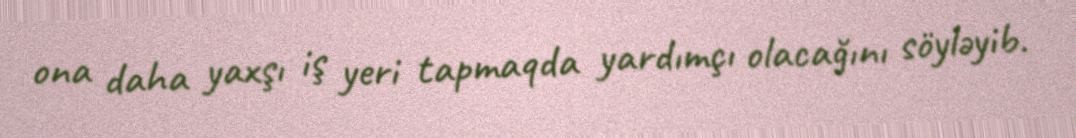
ona daha yaxşı iş yeri tapmaqda yardımçı olacağını söyləyib.